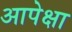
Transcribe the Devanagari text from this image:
आपेक्षा